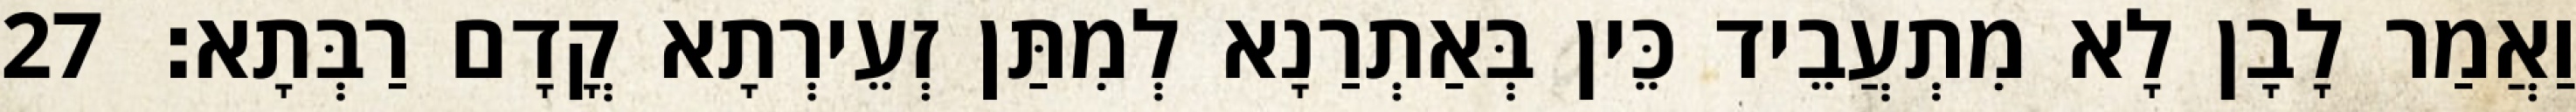
וַאֲמַר לָבָן לָא מִתְעֲבֵיד כֵּין בְּאַתְרַנָא לְמִתַּן זְעֵירְתָא קֳדָם רַבְּתָא׃ 27